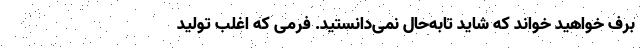
برف خواهید خواند که شاید تا‌به‌حال نمی‌دانستید. فرمی که اغلب تولید